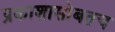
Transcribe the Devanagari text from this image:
प्रकाशासोबतच